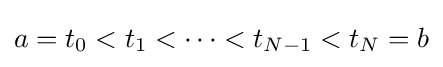
a=t_{0}<t_{1}<\dots <t_{N-1}<t_{N}=b